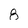
Character: 8